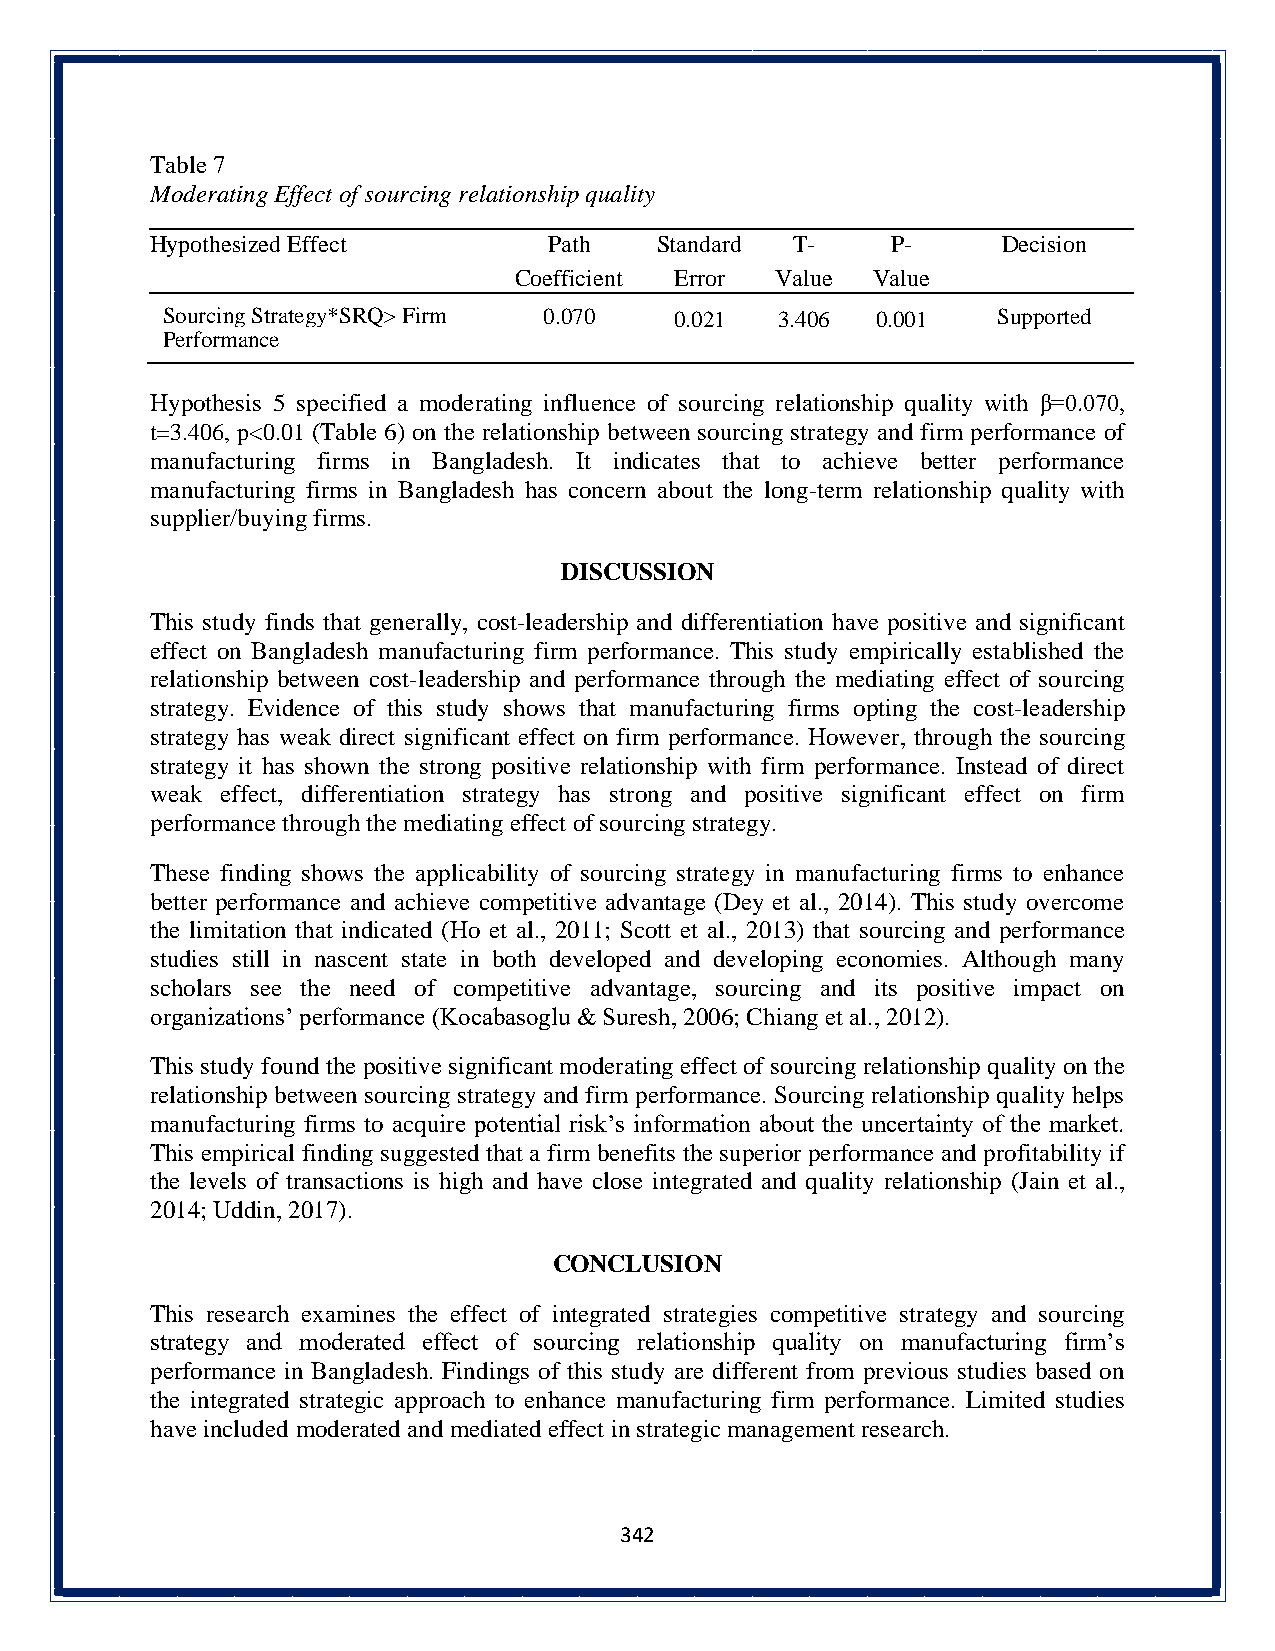
Table 7
 Moderating Effect of sourcing relationship quality
 Hypothesized Effect       Path   Standard T-     P-     Decision
 Coefficient Error Value Value
 Sourcing Strategy*SRQ> Firm 0.070 0.021  3.406 0.001   Supported
 Performance
 Hypothesis 5 specified a moderating influence of sourcing relationship quality with β=0.070,
 t=3.406, p<0.01 (Table 6) on the relationship between sourcing strategy and firm performance of
 manufacturing firms in Bangladesh. It indicates that to achieve better performance
 manufacturing firms in Bangladesh has concern about the long-term relationship quality with
 supplier/buying firms.
 DISCUSSION
 This study finds that generally, cost-leadership and differentiation have positive and significant
 effect on Bangladesh manufacturing firm performance. This study empirically established the
 relationship between cost-leadership and performance through the mediating effect of sourcing
 strategy. Evidence of this study shows that manufacturing firms opting the cost-leadership
 strategy has weak direct significant effect on firm performance. However, through the sourcing
 strategy it has shown the strong positive relationship with firm performance. Instead of direct
 weak effect, differentiation strategy has strong and positive significant effect on firm
 performance through the mediating effect of sourcing strategy.
 These finding shows the applicability of sourcing strategy in manufacturing firms to enhance
 better performance and achieve competitive advantage (Dey et al., 2014). This study overcome
 the limitation that indicated (Ho et al., 2011; Scott et al., 2013) that sourcing and performance
 studies still in nascent state in both developed and developing economies. Although many
 scholars see the need of competitive advantage, sourcing and its positive impact on
 organizations’ performance (Kocabasoglu & Suresh, 2006; Chiang et al., 2012).
 This study found the positive significant moderating effect of sourcing relationship quality on the
 relationship between sourcing strategy and firm performance. Sourcing relationship quality helps
 manufacturing firms to acquire potential risk’s information about the uncertainty of the market.
 This empirical finding suggested that a firm benefits the superior performance and profitability if
 the levels of transactions is high and have close integrated and quality relationship (Jain et al.,
 2014; Uddin, 2017).
 CONCLUSION
 This research examines the effect of integrated strategies competitive strategy and sourcing
 strategy and moderated effect of sourcing relationship quality on manufacturing firm’s
 performance in Bangladesh. Findings of this study are different from previous studies based on
 the integrated strategic approach to enhance manufacturing firm performance. Limited studies
 have included moderated and mediated effect in strategic management research.
 342